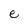
Character: e